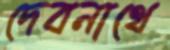
দেবনাথে